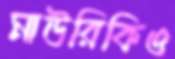
মাউরিকিও